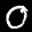
Label: 0